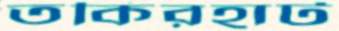
তকিরহাট